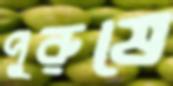
পুরুষে